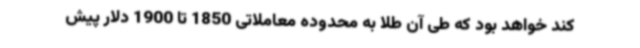
کند خواهد بود که طی آن طلا به محدوده معاملاتی 1850 تا 1900 دلار پیش